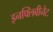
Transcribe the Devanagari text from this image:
इनफ्लिबीनेट